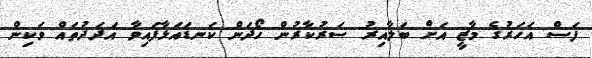
ފަސް އަހަރުގެ މާޒީ އަށް ބަލާއިރު ސަރުކާރުން ހޯދަން ކަނޑައަޅާފައިވާ އަދަދުތައް ވަކިން